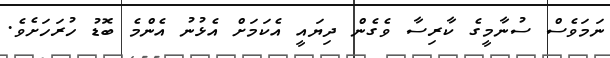
ނަމަވެސް ސުނާމީގެ ކާރިސާ ވެގެން ދިޔައީ އެކަމަށް އެޅުނު އެންމެ ބޮޑު ހުރަހަށެވެ.